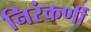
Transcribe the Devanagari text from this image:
निरंकर्णी